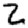
Digit: 2